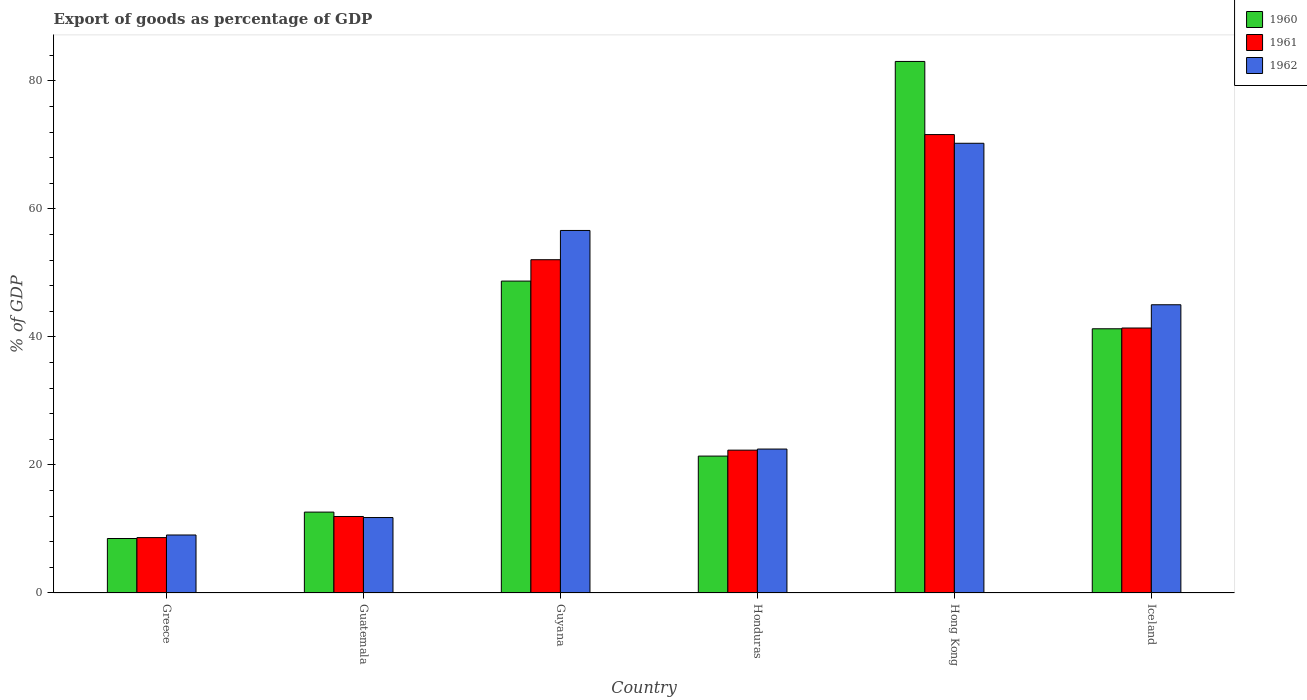
| Country | 1960 | 1961 | 1962 |
 | --- | --- | --- | --- |
 | Greece | 8.51 | 8.65 | 9.06 |
 | Guatemala | 12.6 | 12 | 11.8 |
 | Guyana | 48.7 | 52.1 | 56.6 |
 | Honduras | 21.4 | 22.3 | 22.5 |
 | Hong Kong | 83 | 71.6 | 70.3 |
 | Iceland | 41.3 | 41.4 | 45 |